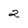
Character: 2